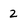
Character: 2